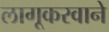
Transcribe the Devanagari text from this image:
लागूकरवाने